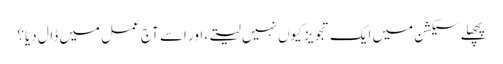
پچھلے سیکشن میں ایک تجویز کیوں نہیں لیتے، اور اسے آج عمل میں ڈال دیا؟